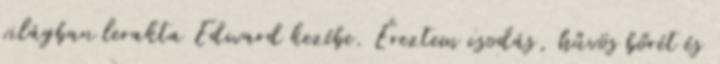
világban lerakta Edward kezébe. Éreztem csodás, hűvös bőrét és